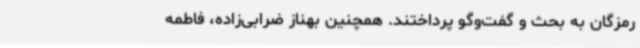
رمزگان به بحث ‌و گفت‌وگو پرداختند. همچنین بهناز ضرابی‌زاده، فاطمه